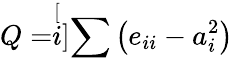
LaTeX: Q=\stackrel[i]{}{\sum}\left(e_{ii}-a_{i}^{2}\right)